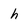
Character: h